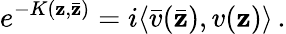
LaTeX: e^{-K(\mathbf{z},\bar{{\mathbf{z}}})}=i\langle\bar{{v}}(\bar{{\mathbf{z}}}),v(\mathbf{z})\rangle\, .